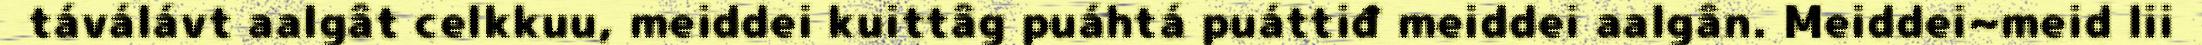
táválávt aalgât celkkuu, meiddei kuittâg puáhtá puáttiđ meiddei aalgân. Meiddei~meid lii